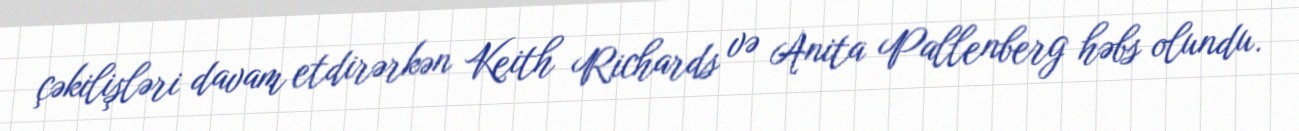
çəkilişləri davam etdirərkən Keith Richards və Anita Pallenberg həbs olundu.